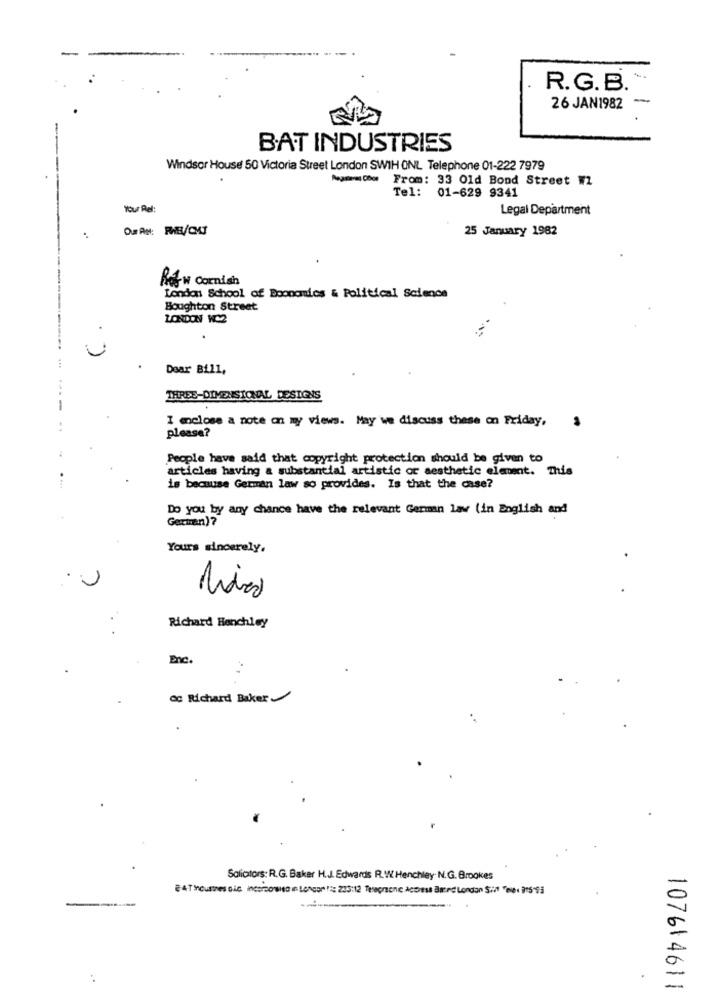
R.G.B.
26 JAN1982 -
BAT INDUSTRIES
Windsor House 50 Victoria Street London SWIH ONL Telephone 01-222 7979
A= Dow From: 33 Old Bond Street W2
Tel: 01-629 9341
Your Rel:
Legal Department
25 January 1982
Res w Cornish
London School of Boonomics & Political Science
Boughton Street
LONDON WC2
Dear Bill,
THREE-DIMENSIONAL DESIGNS
I enclose a note on my views. May we discuss these on Friday,
please?
People have said that copyright protection should be given to
articles having a substantial artistic or aesthetic element. This
is because German law so provides. Is that the case?
Do you by any chance have the relevant German law (in English and
German)?
Yours sincerely.
Richard Henchley
Enc.
oc Richard Baker
Solicitors: R.G. Baker H.J. Edwards R. W.Henchley. N.G. Brookes
0
-
107614611